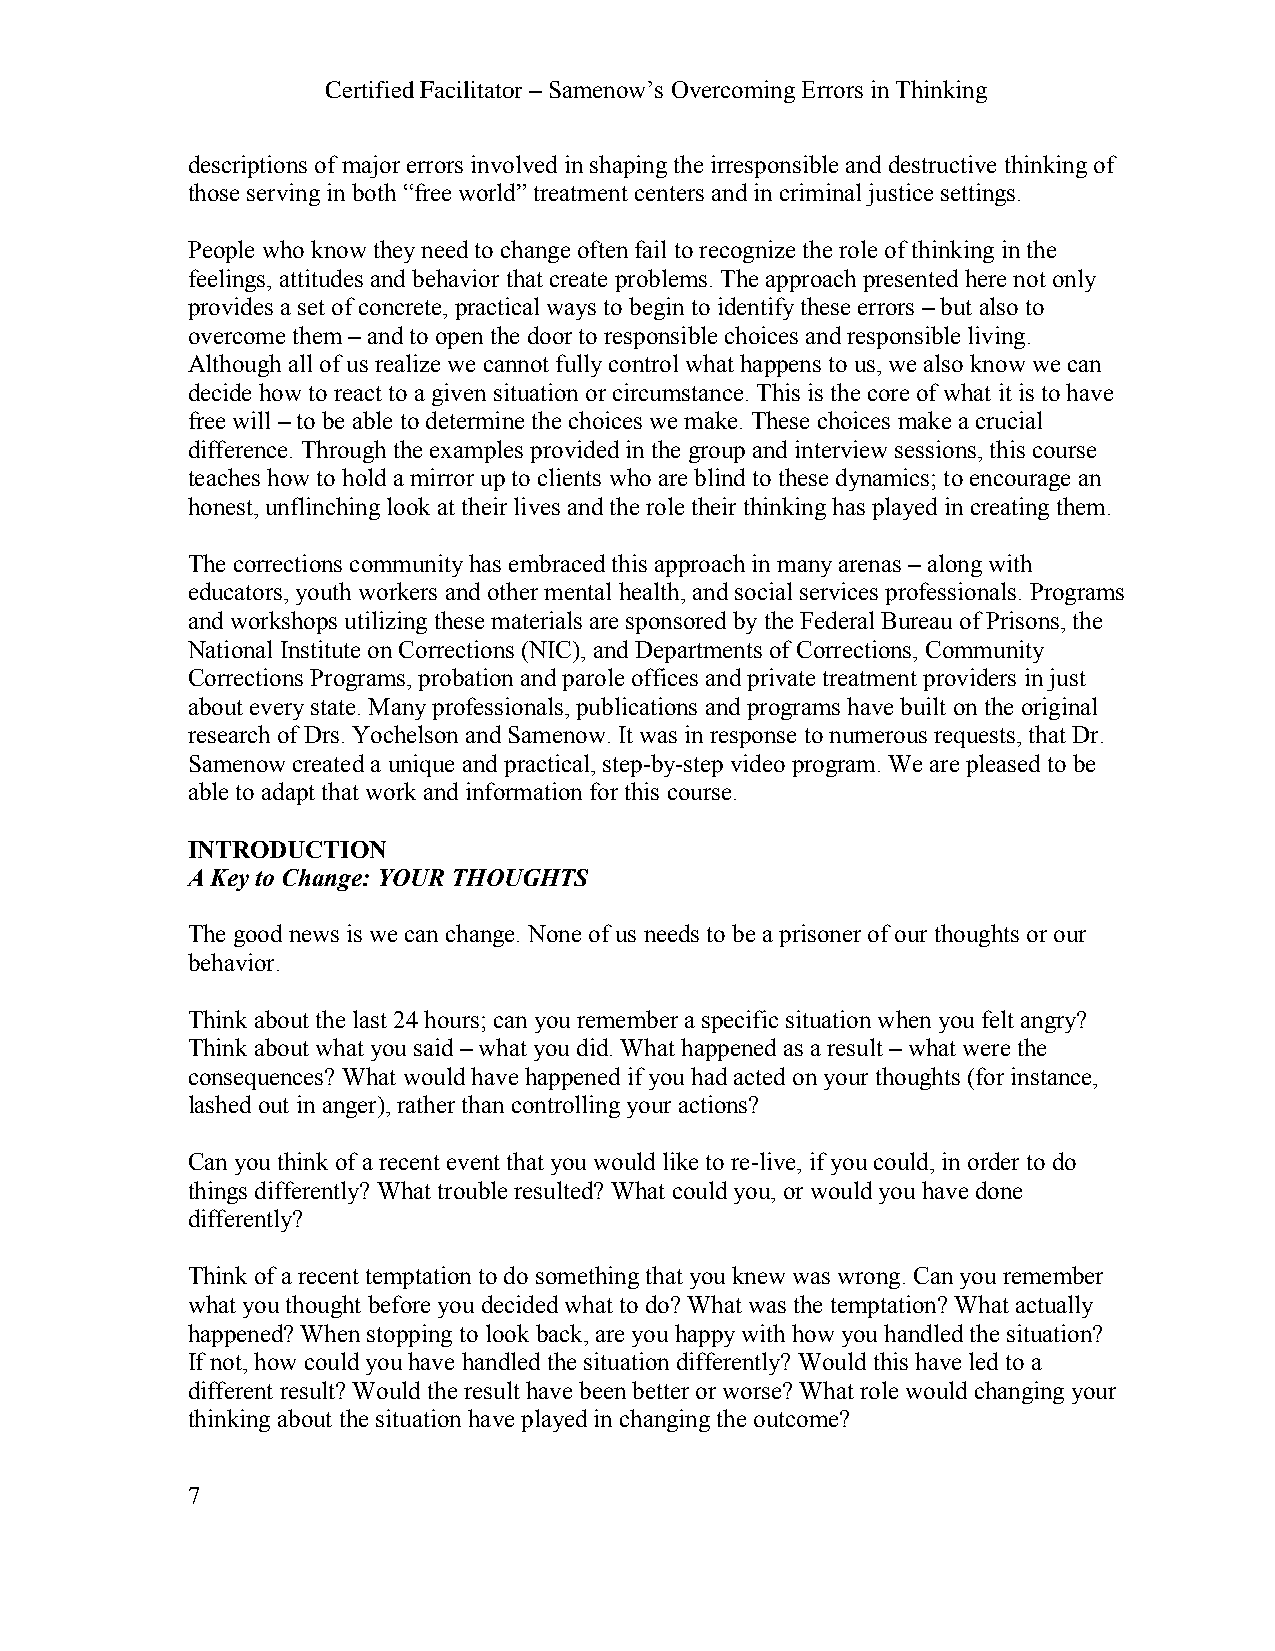
Certified Facilitator – Samenow’s Overcoming Errors in Thinking
 descriptions of major errors involved in shaping the irresponsible and destructive thinking of
 those serving in both “free world” treatment centers and in criminal justice settings.
 People who know they need to change often fail to recognize the role of thinking in the
 feelings, attitudes and behavior that create problems. The approach presented here not only
 provides a set of concrete, practical ways to begin to identify these errors – but also to
 overcome them – and to open the door to responsible choices and responsible living.
 Although all of us realize we cannot fully control what happens to us, we also know we can
 decide how to react to a given situation or circumstance. This is the core of what it is to have
 free will – to be able to determine the choices we make. These choices make a crucial
 difference. Through the examples provided in the group and interview sessions, this course
 teaches how to hold a mirror up to clients who are blind to these dynamics; to encourage an
 honest, unflinching look at their lives and the role their thinking has played in creating them.
 The corrections community has embraced this approach in many arenas – along with
 educators, youth workers and other mental health, and social services professionals. Programs
 and workshops utilizing these materials are sponsored by the Federal Bureau of Prisons, the
 National Institute on Corrections (NIC), and Departments of Corrections, Community
 Corrections Programs, probation and parole offices and private treatment providers in just
 about every state. Many professionals, publications and programs have built on the original
 research of Drs. Yochelson and Samenow. It was in response to numerous requests, that Dr.
 Samenow created a unique and practical, step-by-step video program. We are pleased to be
 able to adapt that work and information for this course.
 INTRODUCTION
 A Key to Change: YOUR THOUGHTS
 The good news is we can change. None of us needs to be a prisoner of our thoughts or our
 behavior.
 Think about the last 24 hours; can you remember a specific situation when you felt angry?
 Think about what you said – what you did. What happened as a result – what were the
 consequences? What would have happened if you had acted on your thoughts (for instance,
 lashed out in anger), rather than controlling your actions?
 Can you think of a recent event that you would like to re-live, if you could, in order to do
 things differently? What trouble resulted? What could you, or would you have done
 differently?
 Think of a recent temptation to do something that you knew was wrong. Can you remember
 what you thought before you decided what to do? What was the temptation? What actually
 happened? When stopping to look back, are you happy with how you handled the situation?
 If not, how could you have handled the situation differently? Would this have led to a
 different result? Would the result have been better or worse? What role would changing your
 thinking about the situation have played in changing the outcome?
 7